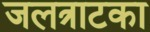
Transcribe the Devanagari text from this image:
जलत्राटका